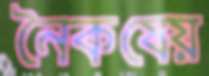
নৈকষেয়